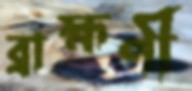
ব্রাহ্মণী